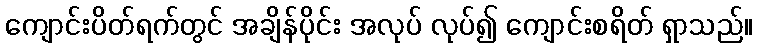
ကျောင်းပိတ်ရက်တွင် အချိန်ပိုင်း အလုပ် လုပ်၍ ကျောင်းစရိတ် ရှာသည်။